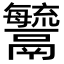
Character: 𩱢